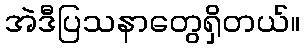
အဲဒီပြသနာတွေရှိတယ်။